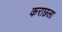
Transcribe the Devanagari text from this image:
कराछला